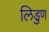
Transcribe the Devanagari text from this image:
लिडुण